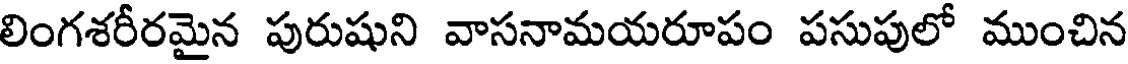
లింగశరీరమైన పురుషుని వాసనామయరూపం పసుపులో ముంచిన